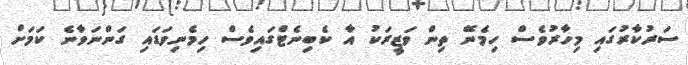
ސަރުކާރުގައި މިހާރުވެސް ހިމެނޭ ތިން ވަޒީރަކު އާ ކެބިނެޓްގައިވެސް ހިމެނިވަޑައި ގަންނަވާނެ ކަމަށް